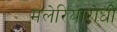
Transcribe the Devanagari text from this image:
मलेरियारोधी